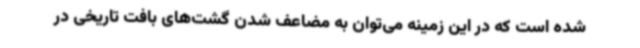
شده است که در این زمینه می‌توان به مضاعف شدن گشت‌های بافت تاریخی در